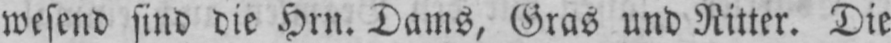
wesend sind die Hrn. Dams, Gras und Ritter. Die